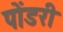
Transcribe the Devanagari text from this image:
पोंडरी